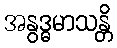
အနွဒ္ဓမာသန္တိ